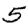
Digit: 5